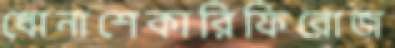
ধোনাশেকারিফিরোজ